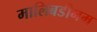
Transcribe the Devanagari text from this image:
मालिबडीनम